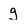
Character: g